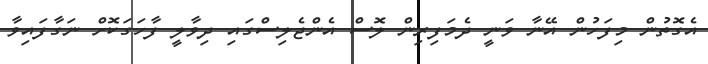
އެގޮތުން މިފަހުން އޭނާ ވަނީ ދެމަފިރިން ލޮސް އެންޖެލިސްގައި ދިވާލީ ފާހަގަކޮށް ނަގާފައިވާ